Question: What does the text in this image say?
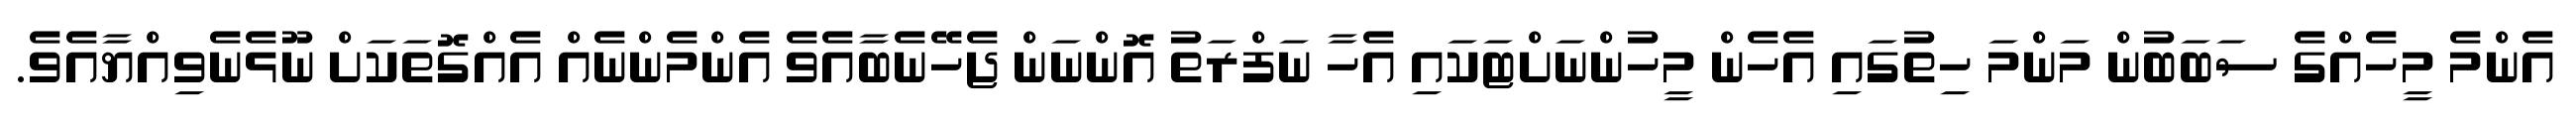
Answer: އެންމެ މީހެއްގެ ސަބަބުން މަންމަ ހިތުގައި އެހެން މީހުންނަށްޓަކައި އެހާ ނަފްރަތު އޮންނަން ޖެހޭނެބާއެވެ އެންމެންނެއް އެއްގޮތަކަށް ނޫޅެނެވިއްޔާއެވެ.